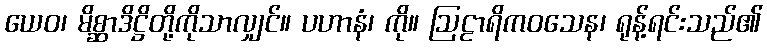
ယေဝ၊ မိစ္ဆာဒိဋ္ဌိတို့ကိုသာလျှင်။ ပဟာနံ၊ ကို။ ဩဠာရိကဝသေန၊ ရုန့်ရင်းသည်၏